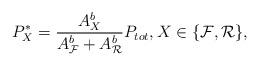
LaTeX: \begin{align*}P^{*}_{ X}=\frac{A_{ X}^{b}}{A_{\cal F}^{b}+A_{\cal R}^{b}}P_{tot}, X\in\{\cal F, \cal R\},\end{align*}